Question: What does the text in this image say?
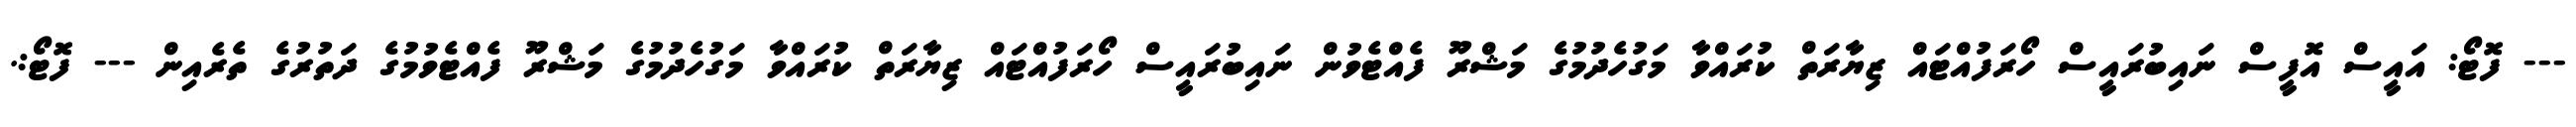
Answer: --- ފޮޓޯ: އައީސް އޮފީސް ނައިބުރައީސް ހޯރަފުއްޓައް ޒިޔާރަތް ކުރައްވާ މަގުހެދުމުގެ މަޝްރޫ ފެއްޓެވުން ނައިބުރައީސް ހޯރަފުއްޓައް ޒިޔާރަތް ކުރައްވާ މަގުހެދުމުގެ މަޝްރޫ ފެއްޓެވުމުގެ ދަތުރުގެ ތެރެއިން --- ފޮޓޯ:.